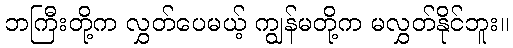
ဘကြီးတို့က လွှတ်ပေမယ့် ကျွန်မတို့က မလွှတ်နိုင်ဘူး။